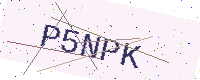
Text: P5NPK